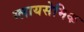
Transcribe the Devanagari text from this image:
ग्लायसेमिक